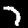
Digit: 7